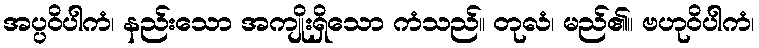
အပ္ပဝိပါကံ၊ နည်းသော အကျိုးရှိသော ကံသည်။ တုလံ၊ မည်၏။ ဗဟုဝိပါကံ၊